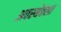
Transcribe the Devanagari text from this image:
अवस्थेतला